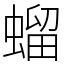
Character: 䗜